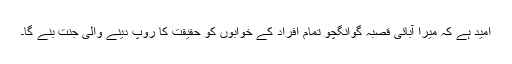
امید ہے کہ میرا آبائی قصبہ گوانگچو تمام افراد کے خوابوں کو حقیقت کا روپ دینے والی جنت بنے گا۔